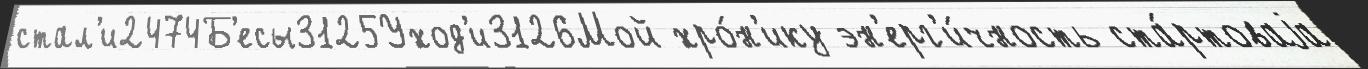
стал'и2474Б'есы3125Уход'и3126Мой хро́н'ику эн'ерг'и́чность ста́ртоваjа